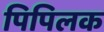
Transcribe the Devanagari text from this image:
पिपिलक